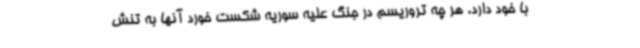
با خود دارد. هر چه تروریسم در جنگ علیه سوریه شکست خورد آنها به تنش